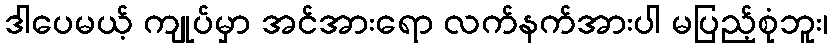
ဒါပေမယ့် ကျုပ်မှာ အင်အားရော လက်နက်အားပါ မပြည့်စုံဘူး၊